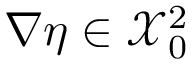
\nabla \eta \in \mathcal { X } _ { 0 } ^ { 2 }